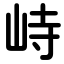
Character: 峙